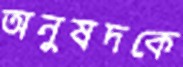
অনুষদকে